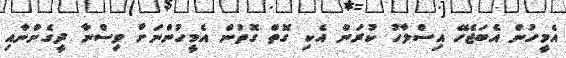
އެމީހުން އެބަޖެހޭ އިސްލާހު ކުރަން އެކި ގޮތް ގޮތުން އެމީހުންނަށް ވިސްނާ ދީގެންނާއި